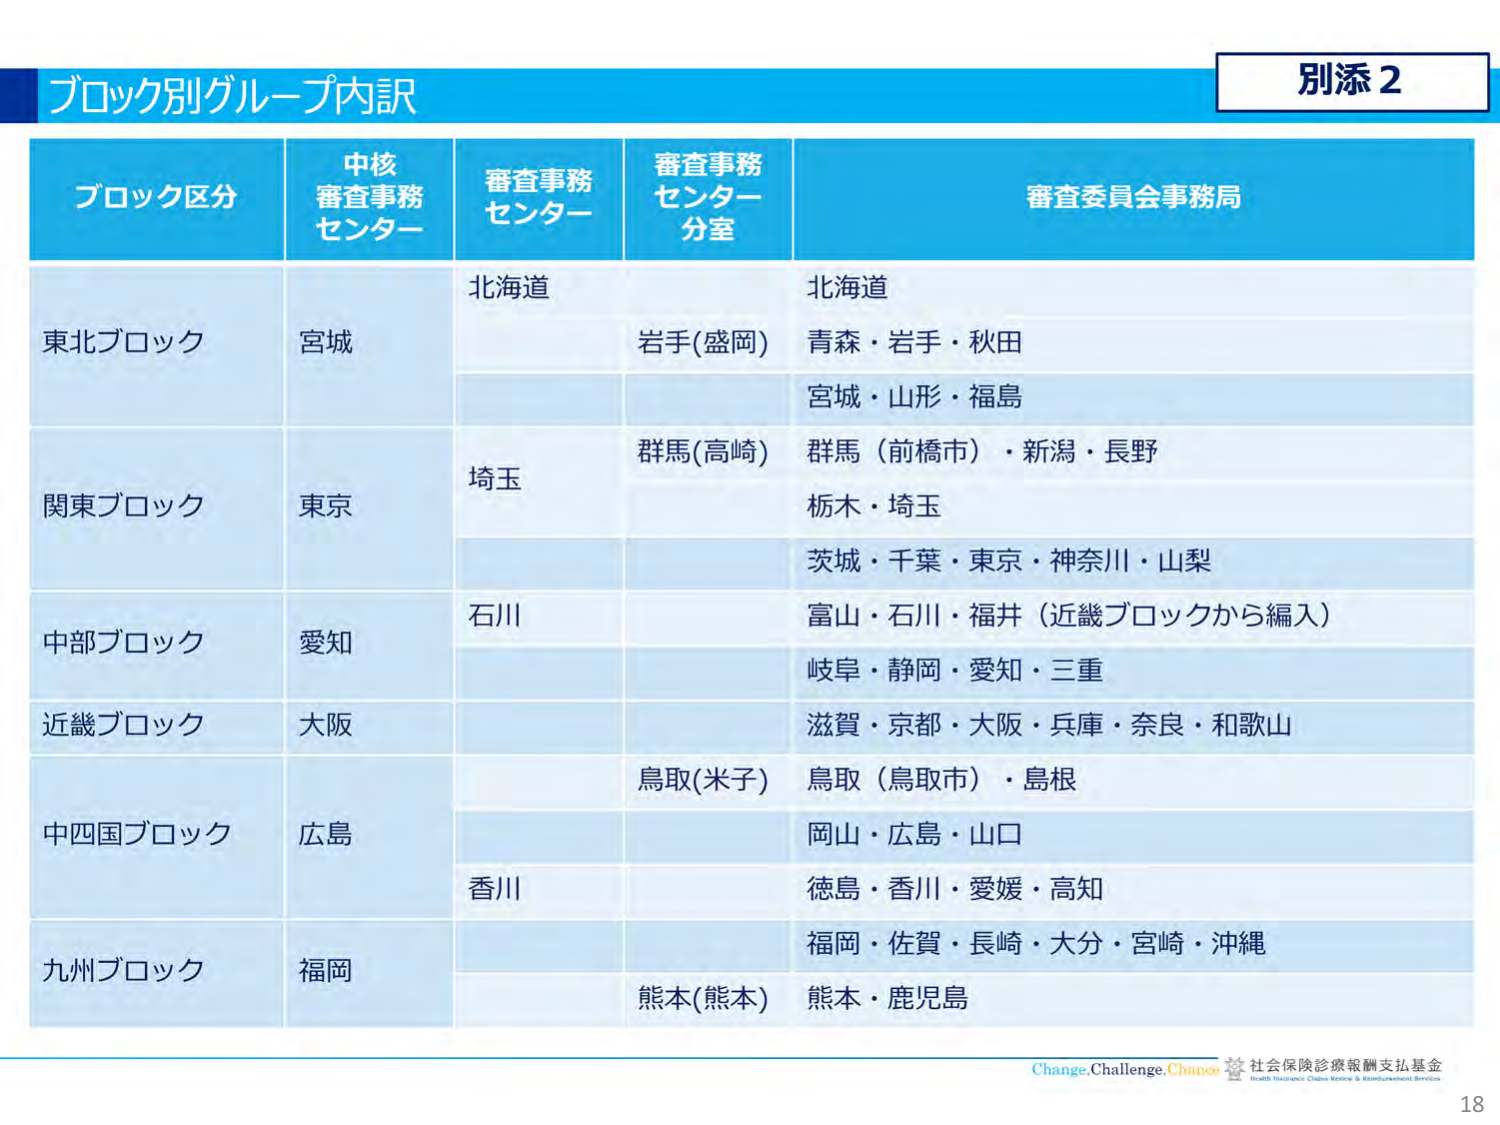
別添2
ブロック別グループ内訳

ブロック区分　中核審査事務センター　審査事務センター　審査事務センター分室　審査委員会事務局

東北ブロック　宮城　北海道　岩手(盛岡)　北海道　青森・岩手・秋田　宮城・山形・福島

関東ブロック　東京　埼玉　群馬(高崎)　群馬（前橋市）・新潟・長野　栃木・埼玉　茨城・千葉・東京・神奈川・山梨

中部ブロック　愛知　石川　富山・石川・福井（近畿ブロックから編入）　岐阜・静岡・愛知・三重

近畿ブロック　大阪　滋賀・京都・大阪・兵庫・奈良・和歌山

中四国ブロック　広島　鳥取(米子)　鳥取（鳥取市）・島根　岡山・広島・山口　香川　徳島・香川・愛媛・高知

九州ブロック　福岡　福岡・佐賀・長崎・大分・宮崎・沖縄　熊本(熊本)　熊本・鹿児島

Change.Challenge.Chance 社会保険診療報酬支払基金
Health Insurance Claims Review & Reimbursement Services
18